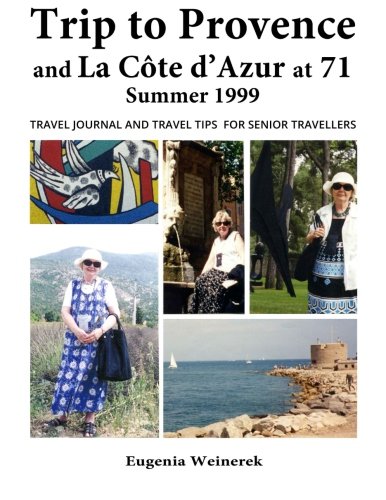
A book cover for Trip to Provence and La CÃ´te d'Azur at 71 Summer 1999: Travel Journal and Travel Tips for Senior Travellers; Eugenia Weinerek; Travel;